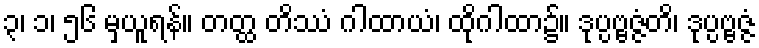
၃၊ ၁၊ ၅၆ မှယူရန်။ တတ္ထ တိဿံ ဂါထာယံ၊ ထိုဂါထာ၌။ ဒုပ္ပဗ္ဗဇ္ဇံတိ၊ ဒုပ္ပဗ္ဗဇ္ဇံ